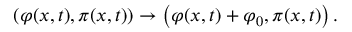
\left( \varphi ( x , t ) , \pi ( x , t ) \right) \to \left( \varphi ( x , t ) + \varphi _ { 0 } , \pi ( x , t ) \right) .